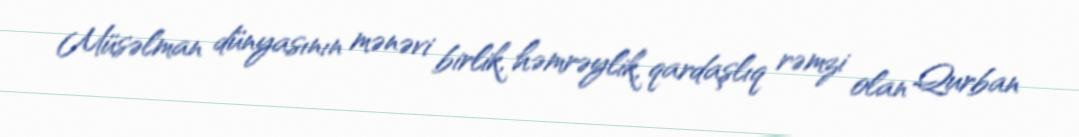
Müsəlman dünyasının mənəvi birlik, həmrəylik, qardaşlıq rəmzi olan Qurban